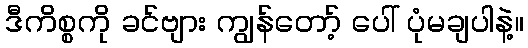
ဒီကိစ္စကို ခင်ဗျား ကျွန်တော့် ပေါ် ပုံမချပါနဲ့။